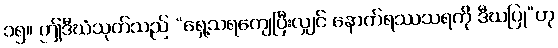
၁၅။ ဤဒီဃံသုတ်သည် “ရှေ့သရကျေပြီးလျှင် နောက်ရဿသရကို ဒီဃပြု”ဟု